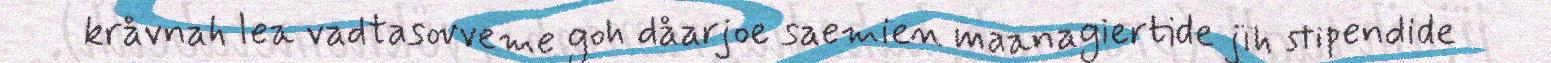
kråvnah lea vadtasovveme goh dåarjoe saemien maanagiertide jïh stipendide